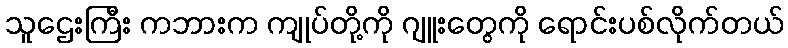
သူဌေးကြီး ကဘားက ကျုပ်တို့ကို ဂျူးတွေကို ရောင်းပစ်လိုက်တယ်